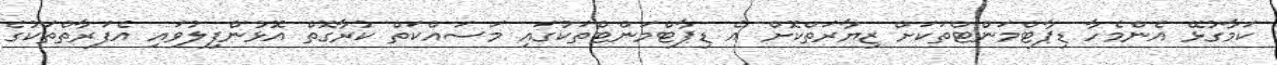
ކަމާގުޅޭ އެންމެހާ ޑިޕާޓްމަންޓްތަކަށް ޒިޔާރަތްކޮށް އެ ޑިޕާޓްމަންޓްތަކުގައި މަސައްކަތް ކުރާގޮތް އޮޅުންފިލުވައި އެފަރާތްތަކުގެ